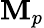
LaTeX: \mathbf{M}_{p}